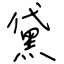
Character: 黛